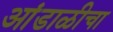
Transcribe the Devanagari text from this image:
आंडाळीचा